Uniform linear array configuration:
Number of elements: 4
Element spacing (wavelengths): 0.5
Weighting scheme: blackman
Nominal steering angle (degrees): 45
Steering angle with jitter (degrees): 43.245
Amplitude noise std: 0.05
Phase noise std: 0.05

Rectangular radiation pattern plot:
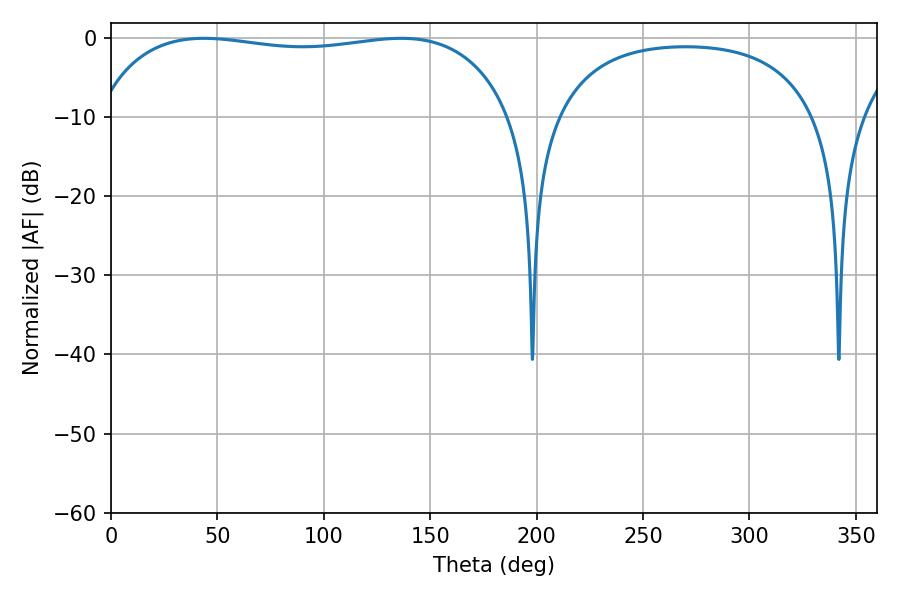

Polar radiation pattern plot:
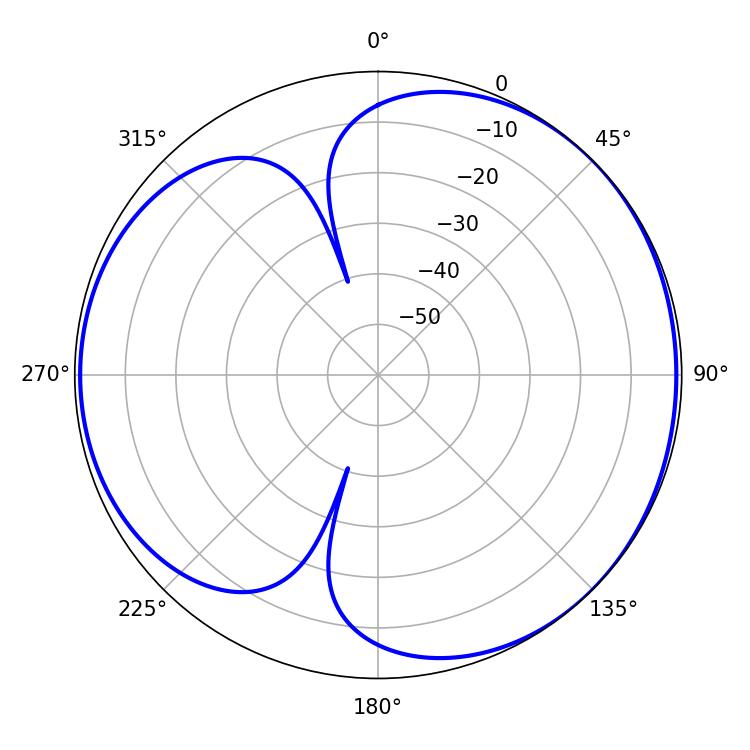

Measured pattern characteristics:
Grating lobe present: FALSE
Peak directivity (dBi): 4.328
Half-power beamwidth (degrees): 157.68
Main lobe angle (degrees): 43.74